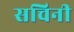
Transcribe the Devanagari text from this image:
सचिनी